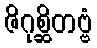
ဇိဂုစ္ဆိတဗ္ဗံ